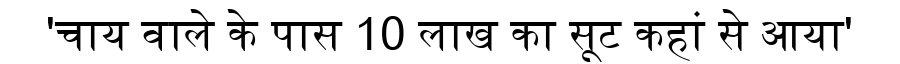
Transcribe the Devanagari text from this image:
'चाय वाले के पास 10 लाख का सूट कहां से आया'